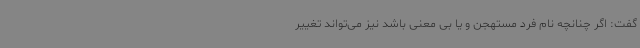
گفت: اگر چنانچه نام فرد مستهجن و یا بی معنی باشد نیز می‌تواند تغییر